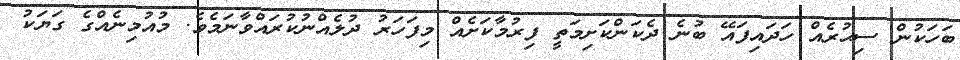
ބަހަކުން ސިޙުރެއް ހަދައިފައޭ ބުނެ ދެކަންކަށިމަތީ ފިރުމާކަށެއް މިފަހަރު ދުލެއްނުކުރައްވާނަމެވެ. މުއުމިނެއްގެ ގަޔަކު